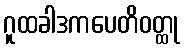
ဂူထခါဒကပေတိဝတ္ထု